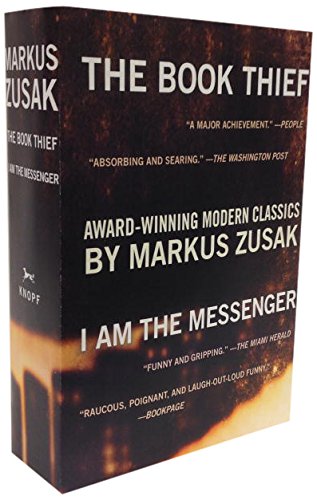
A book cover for The Book Thief/I Am the Messenger Paperback Boxed Set; Markus Zusak; Teen & Young Adult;